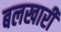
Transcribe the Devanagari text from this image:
बलखारी